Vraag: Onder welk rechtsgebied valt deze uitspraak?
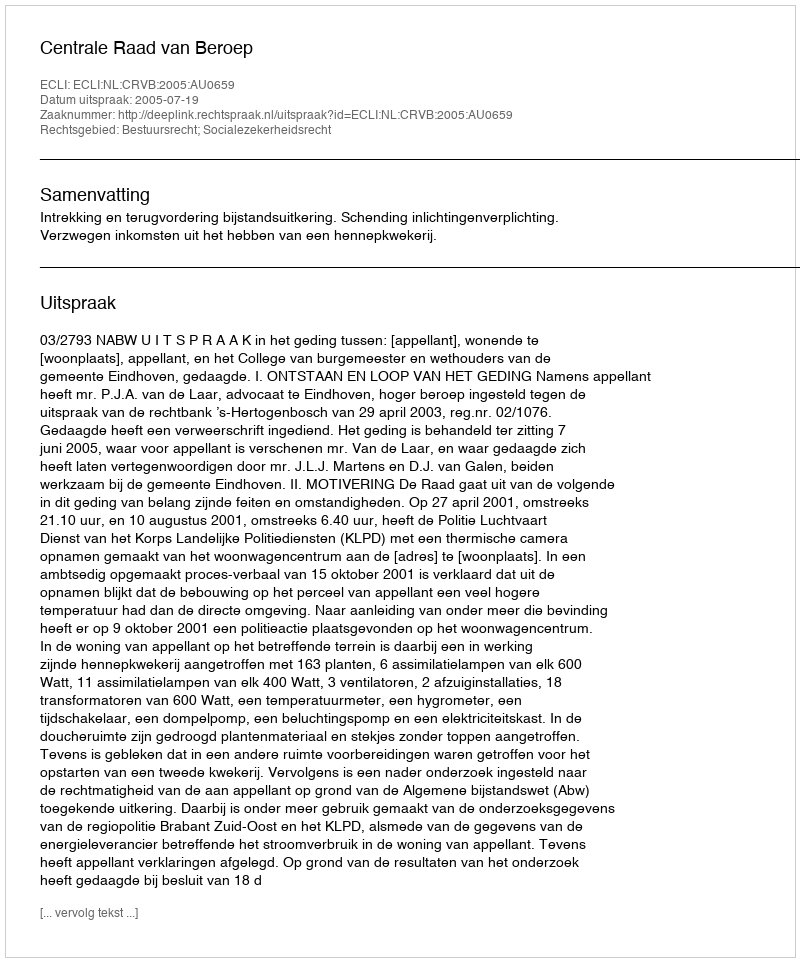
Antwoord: Bestuursrecht; Socialezekerheidsrecht